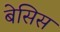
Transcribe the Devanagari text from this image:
बेसिस